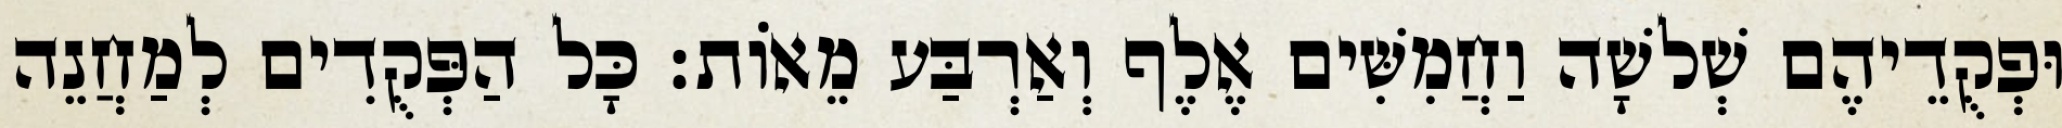
וּפְקֻדֵיהֶם שְׁלשָׁה וַחֲמִשִּׁים אֶלֶף וְאַרְבַּע מֵאוֹת׃ כָּל הַפְּקֻדִים לְמַחֲנֵה